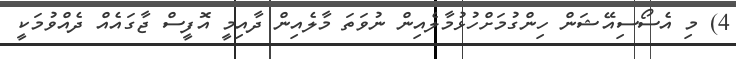
4) މި އެސޯސިއޭޝަން ހިންގުމަށްހުޅުމާލެއިން ނުވަތަ މާލެއިން ދާއިމީ އޮފީސް ޖާގައެއް ދެއްވުމަކީ